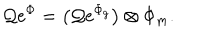
LaTeX: { \cal Q } \mathrm { e } ^ { \Phi } = \bigl ( { \cal Q } \mathrm { e } ^ { \Phi _ { g } } \bigr ) \otimes \Phi _ { m } .